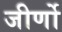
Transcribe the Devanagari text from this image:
जीर्णो